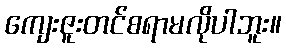
ကျေးဇူးတင်စရာမလိုပါဘူး။